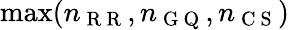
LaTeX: \operatorname*{max}(n_{\mathrm{~R~R~}},n_{\mathrm{~G~Q~}},n_{\mathrm{~C~S~}})